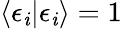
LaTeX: \langle\epsilon_{\mathit{i}}|\epsilon_{\mathit{i}}\rangle=1